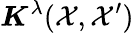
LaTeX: \boldsymbol{K}^{\lambda}(\mathcal{X},\mathcal{X}^{\prime})